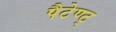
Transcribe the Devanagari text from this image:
पैटेण्ट्‍